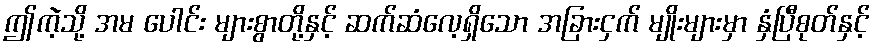
ဤကဲ့သို့ အမ ပေါင်း များစွာတို့နှင့် ဆက်ဆံလေ့ရှိသော အခြားငှက် မျိုးများမှာ နှံပြီစုတ်နှင့်